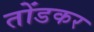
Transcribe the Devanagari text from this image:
तोंडकर